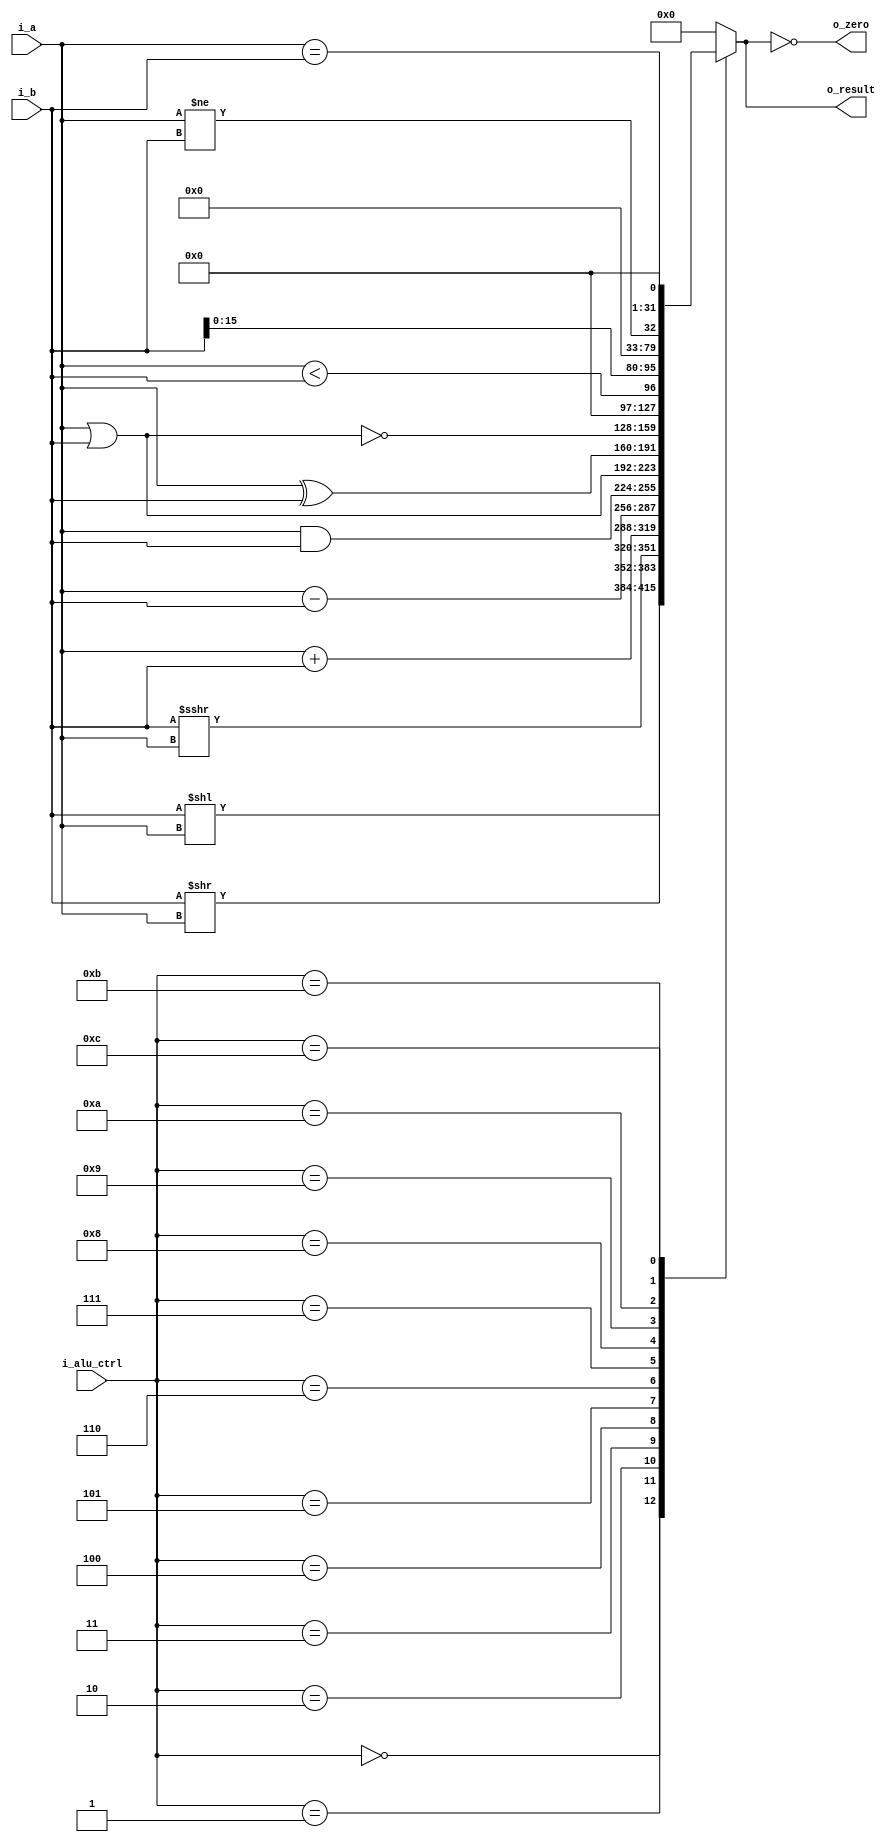
`timescale 1ns / 1ps

module alu#(
        parameter NB_REG    = 32,
        parameter NB_ALU_CTRLI = 4
    )    
    (
        input signed [NB_REG-1 : 0]         i_a,
        input signed [NB_REG-1 : 0]         i_b,
        input       [NB_ALU_CTRLI-1 : 0]    i_alu_ctrl, // codigo de operacion que viene de la alu_control
        output                              o_zero,
        output reg signed [NB_REG-1 : 0]    o_result 
    );
   
    always@(*) begin
        case(i_alu_ctrl)
            4'h0 : begin
                o_result =   i_b << i_a;      // SLL Shift left logical (r1<<r2) y SLLV
            end
            4'h1 : begin
                o_result =   i_b >> i_a;      // SRL Shift right logical (r1>>r2) y SRLV
            end
            4'h2 : begin
                o_result =   i_b >>> i_a;     // SRA  Shift right arithmetic (r1>>>r2) y SRAV
            end
            4'h3 : begin
                o_result =   i_a + i_b;       // ADD Sum (r1+r2)
            end
            4'h4 : begin
                o_result =   i_a - i_b;       // SUB Substract (r1-r2)
            end
            4'h5 : begin
                o_result =   i_a & i_b;       // AND Logical and (r1&r2)
            end
            4'h6 : begin
                o_result =   i_a | i_b;       // OR Logical or (r1|r2)
            end
            4'h7 : begin
                o_result =   i_a ^ i_b;       // XOR Logical xor (r1^r2)
            end
            4'h8 : begin
                o_result = ~(i_a | i_b);      // NOR Logical nor ~(r1|r2)
            end
            4'h9 : begin 
                o_result =   i_a < i_b;       // SLT Compare (r1<r2)
            end
            4'ha : begin
                o_result =   i_b << 16;       // SLL16
            end
            4'hb : begin
                o_result =   i_a != i_b;      // BEQ: Invertida porque AND a la entrada espera un 1 para saltar
            end
            4'hc : begin
                o_result =   i_a == i_b;      // BNEQ: Invertida 
            end
            default : begin 
                o_result =  {NB_REG{1'b0}};
            end
        endcase
    end
    
    assign o_zero = o_result == 0;
       
endmodule